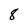
Character: 8